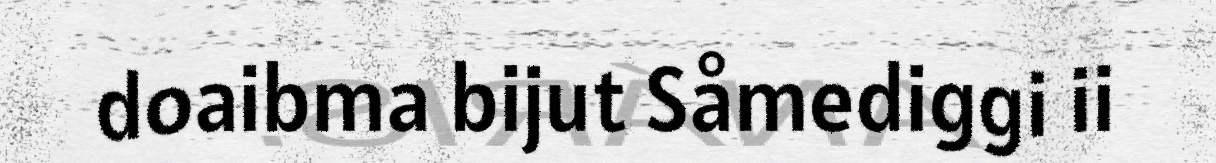
doaibma bijut Såmediggi ii